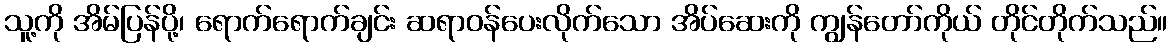
သူ့ကို အိမ်ပြန်ပို့၊ ရောက်ရောက်ချင်း ဆရာဝန်ပေးလိုက်သော အိပ်ဆေးကို ကျွန်တော်ကိုယ် တိုင်တိုက်သည်။